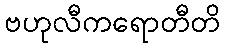
ဗဟုလီကရောတီတိ